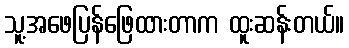
သူ့အဖေပြန်ဖြေထားတာက ထူးဆန်းတယ်။